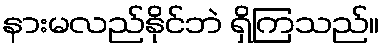
နားမလည်နိုင်ဘဲ ရှိကြသည်။